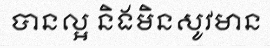
បានល្អ និងមិនសូវមាន